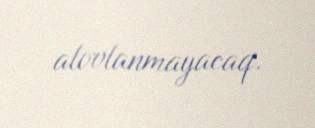
alovlanmayacaq.